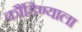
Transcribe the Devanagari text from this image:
कौंडिण्याला